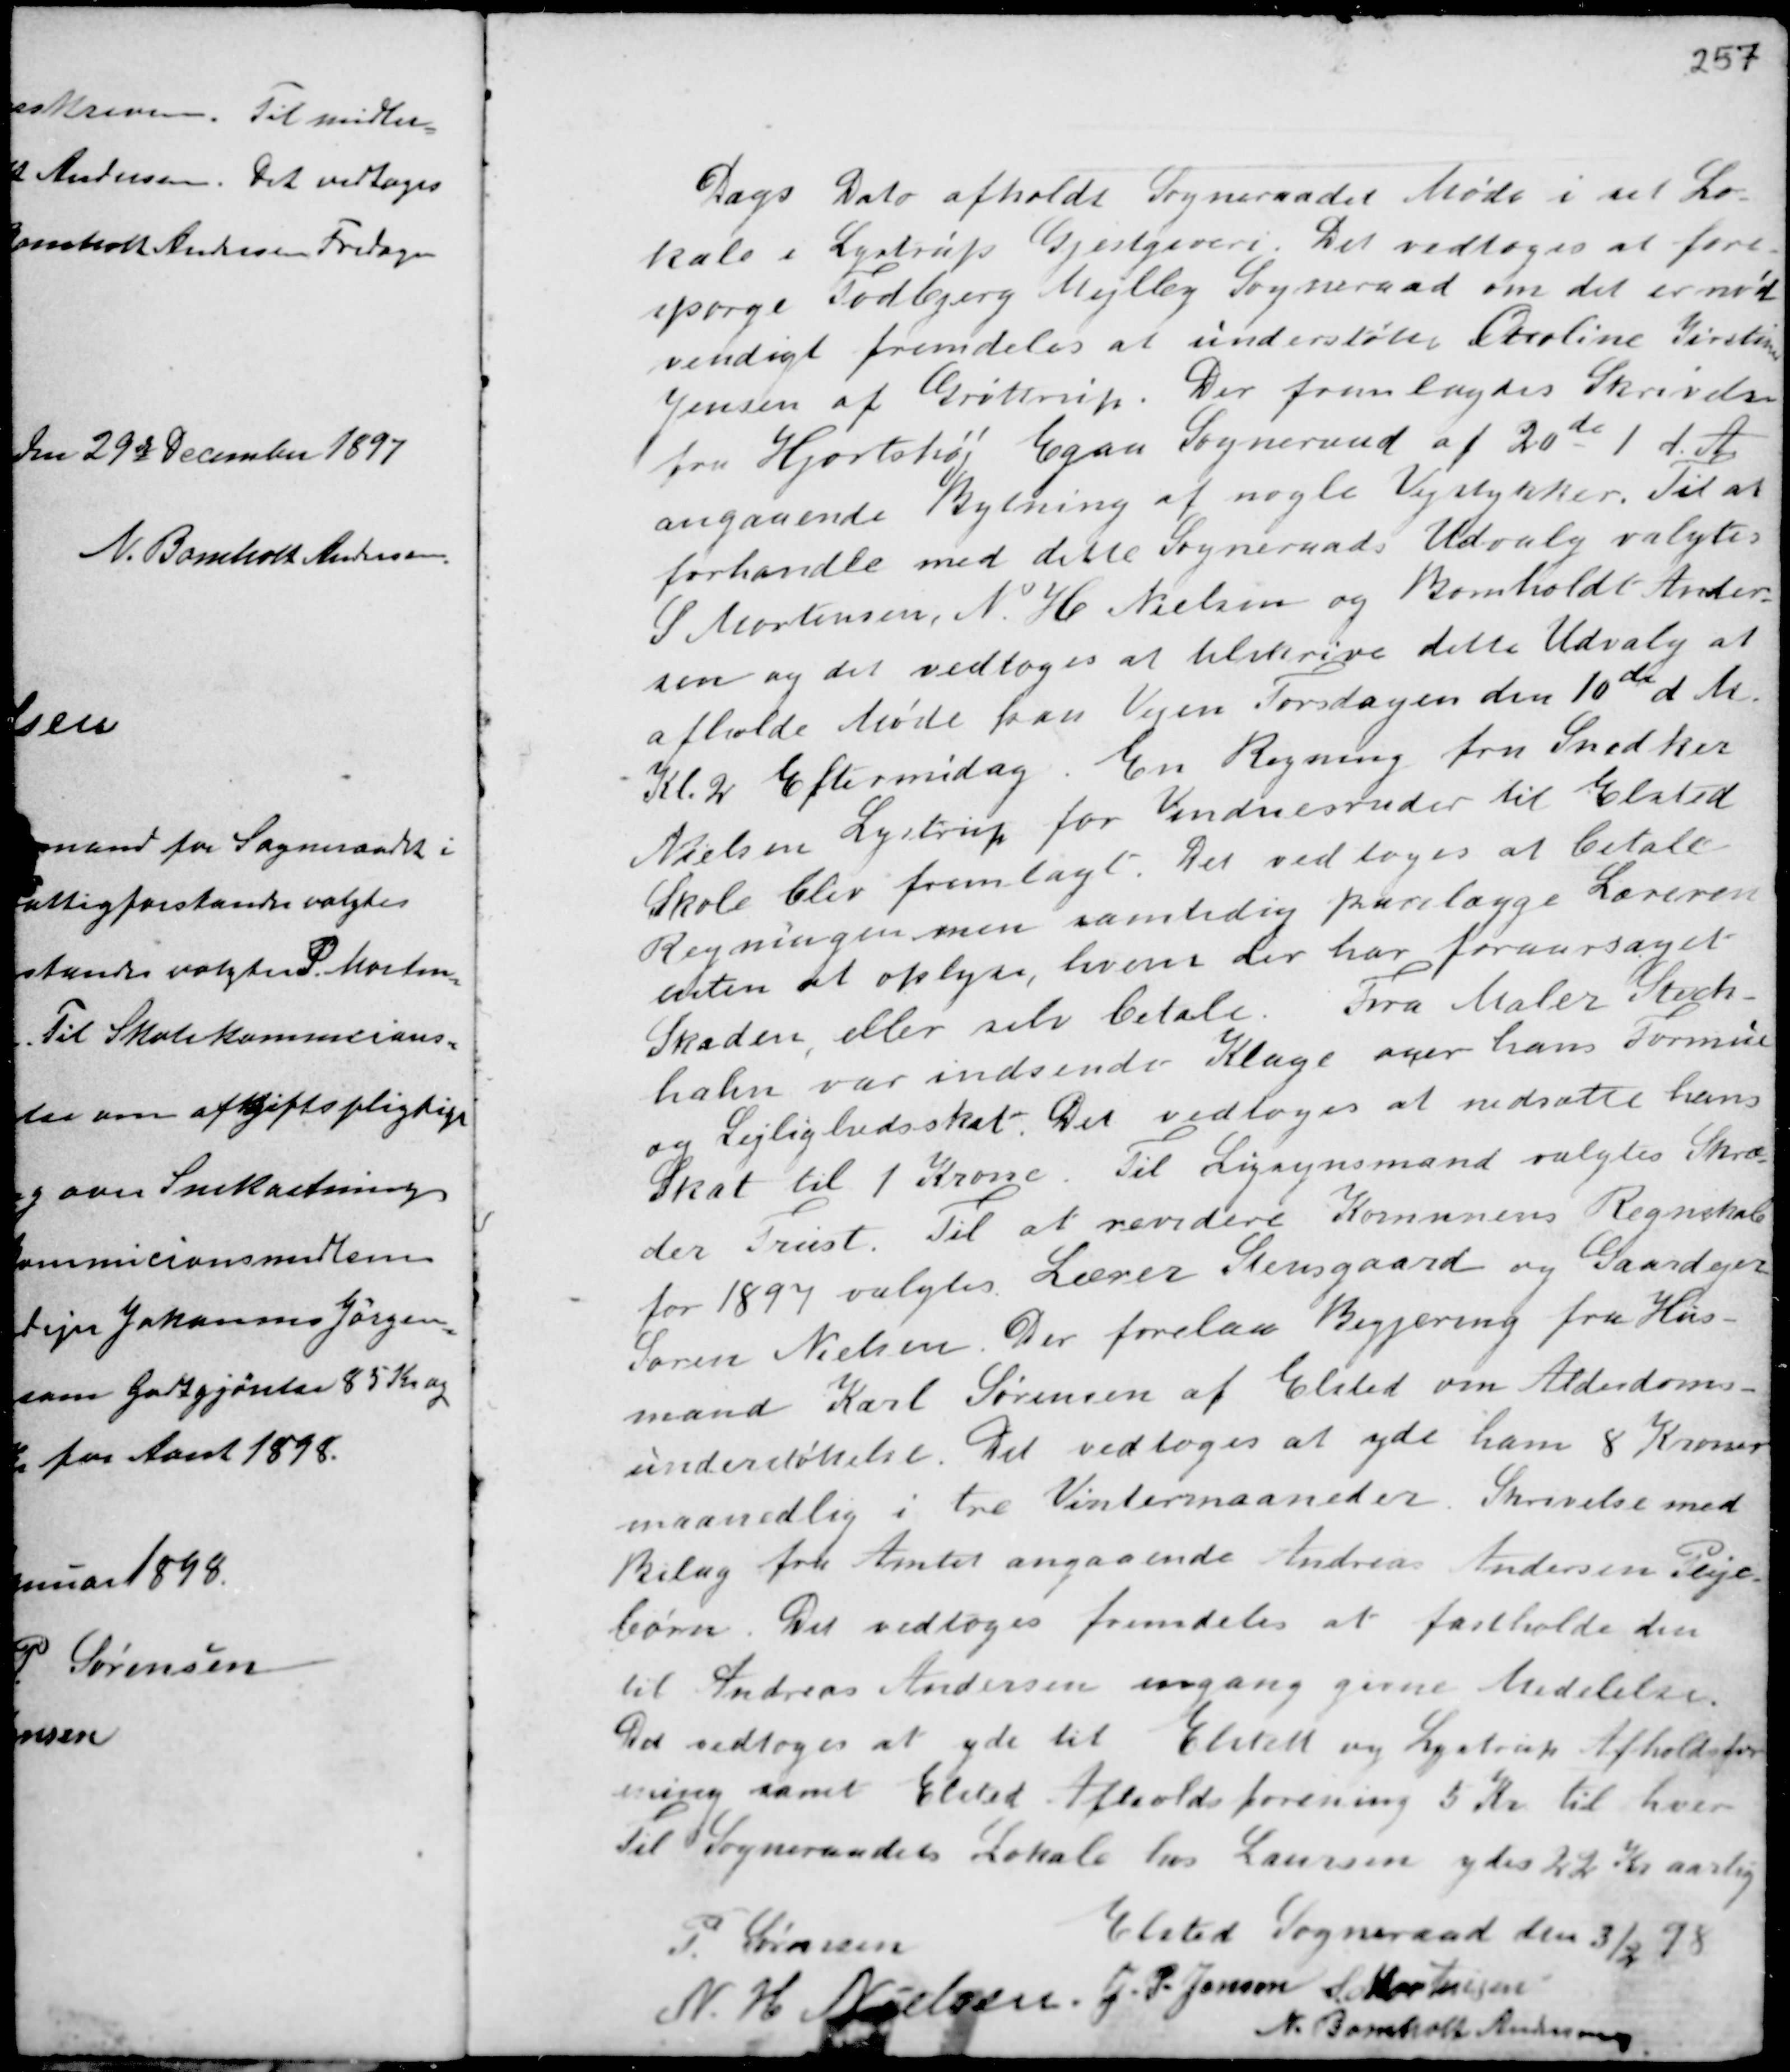
Transskription:
Dags Dato afholdt Sogneraadet Møde i sit Lo-
kale i Lystrup Gjæstgiveri. Det vedtoges at fore-
spørge Todbjerg Mejlby Sogneraad om det er nød-
vendigt fremdeles at understøtte Caroline Kirstine
Jensen af Grøttrup. Der fremlagdes Skrivelse
fra Hjortshøj Egaa Sogneraad af 20de I d.A.
angaaende Bytning af nogle Vejstykker. Til at
forhandle med dette Sogneraads Udvalg valgtes
S Mortensen N H. Nielsen og Bomholt Ander-
sen og det vedtoges at tilskrive dette Udvalg at
afholde Møde kan Vejen Torsdagen den 10de dM.
Kl. 2 Eftermidag. En Regning fra Snedker
Nielsen Lystrup for Vinduesruder til Elsted
Skole blev fremlagt. Det vedtoges at betale
Regningen men samtidig paalægge Læreren
enten at oplyse, hvem der har foraarsaget
Skaden, eller selv betale. Fra Maler Stech-
hahn var indsende Klage over hans Formue
og Lejlighedsskat. Det vedtoges at nedsætte hans
Skat til 1 Krone. Til Ligsynsmand valgtes Skræ-
der Trust. Til at revidere Komunens Regnskab
for 1894 valgtes Lærer Stensgaard og Gaardejer
Søren Nielsen. Der forelaa Begjering fra Hus-
mand Karl Sørensen af Elsted om Alderdoms-
understøttelse. Det vedtoges at yde ham 8 Kroner
maanedlig i tre Vintermaaneder. Skrivelse med
Bilag fra Amtet angaaende Andreas Andersen Pleje-
børn. Det vedtoges fremdeles at fastholde den
til Andreas Andersen engang givne Medelelse.
Det vedtoges at yde til Elsted og Lystrup Afholdsfor-
ening samt Elsted Afholdsforening 5 Kr til hver
Til Sogneraadets Lokale hos Laursen ydes 22 Kr aarlig

Elsted Sogneraad den 3/2 98
P. Sørensen
N H. Nielsen J. P. Jensen S. Mortensen
N. Bomholt Andersen